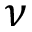
\nu